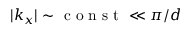
| k _ { x } | \sim \mathrm { ~ c ~ o ~ n ~ s ~ t ~ } \ll \pi / d